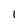
Character: 1